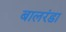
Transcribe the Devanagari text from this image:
बालरंडा